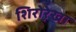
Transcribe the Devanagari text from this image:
शिरोरे़खा